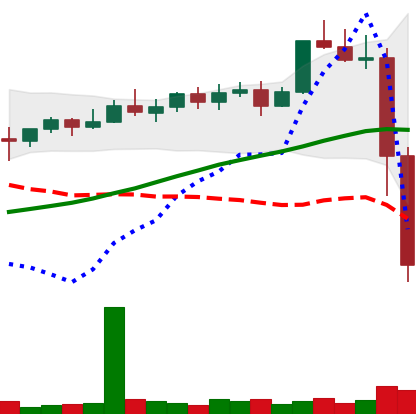
Ticker: XMR-USD
Chart end date: 2022-11-09
Forward return: 8.984%
Label: up_7plus